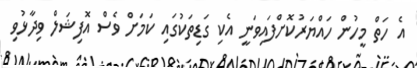
އެ ހަތް މީހުން ހައްޔަރުކޮށްފައިވަނީ އެކި ގަޑިތަކުގައި ކަމަށް ވެސް އޮފިޝަލް ވިދާޅުވި